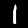
Digit: 1